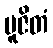
ပူဇိတံ